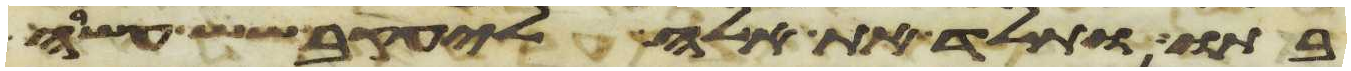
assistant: בתו ותלד את אלה ליעקב שש עשרה